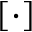
[ \cdot ]